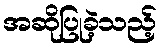
အဆိုပြုခဲ့သည့်